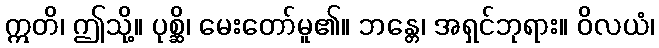
ဣတိ၊ ဤသို့။ ပုစ္ဆိ၊ မေးတော်မူ၏။ ဘန္တေ၊ အရှင်ဘုရား။ ဝိလယံ၊